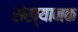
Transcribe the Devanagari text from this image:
संख्यानक